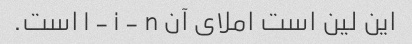
این لین است املای آن l - i - n است.